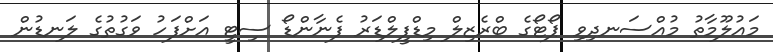
މައުލޫމާތު މުއްސަނދިވި ޕޯޓޯގެ ބްރެޒިލް މިޑްފީލްޑަރު ފެނާންޑޯ ސިޓީ އަށްފަހު ވަގުތުގެ ލަނޑުން